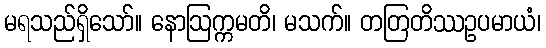
မရသည်ရှိသော်။ နောဩက္ကမတိ၊ မသက်။ တတြတိဿဥပမာယံ၊